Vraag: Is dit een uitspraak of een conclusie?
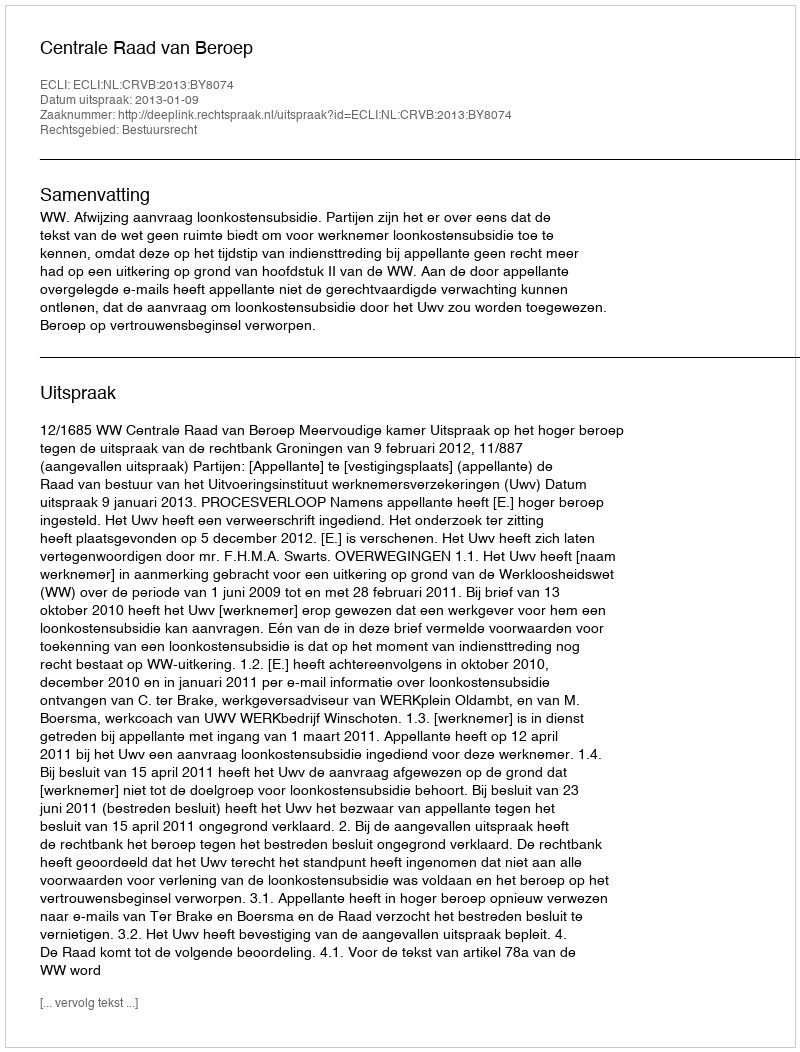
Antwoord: Uitspraak